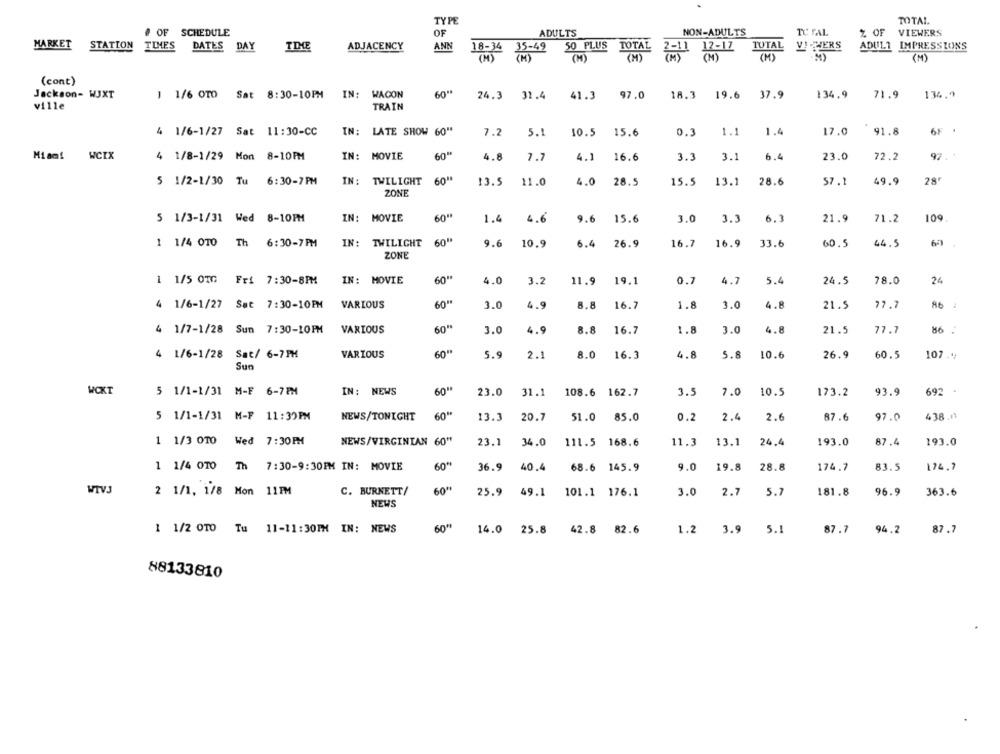
TYPE
TOTAL
# OF SCHEDULE
OF
ADULTS
NON-ADULTS
TU: FAL
% OF VIEWERS
MARKET
STATION
TIMES
ANN
TUTAL
VI PERS
ADULT IMPRESSIONS
DATES DAY
ADJACENCY
18:34 35-49
50 PLUS
TOTAL
(M)
(M)
(cont)
Jackson- WJXT
1 1/6 OTO Sat 8:30-10PM
IN: WACON
60"
24.3
31.4
41.3
97.0
18.3
19.6 37.9
134,9
71.9
134,9
ville
TRAIN
4 1/6-1/27 Sat 11:30-CC
IN: LATE SHOW 60"
7.2
5.1
10.5 15.6
0.3
1.1
1.4
17.0
91.8
6F .
WCIX
4 1/8-1/29 Mon 8-10PM
IN: MOVIE
60"
4.8
7.7
4.1
16.6
3.3
3.1
6.4
23.0
72.2
92. +
5 1/2-1/30 Tu 6:30-7PM
IN:
TWILIGHT
60"
13.5
11.0
4.0
28.5
15.5
13.1
28.6
57.1
49.9
285
ZONE
5 1/3-1/31 Wed 8-10PM
IN: MOVIE
60"
1.4
4.6
9.6
15.6
3.0
3.3
6.3
21.9
71.2
109
IN: TWILIGHT
60"
1 1/4 010 Th 6:30-7PM
9.6
10.9
6.4
26.9
16.7
16.9
33.6
60.5
44.5
ZONE
IN: MOVIE
60"
4.0
0.7
4.7
5.4
78.0
24
1 1/5 0TG Fri 7:30-8PM
3.2
11.9 19.1
24.5
4 1/6-1/27 Sat 7:30-10PM
VARIOUS
60"
3.0
4.9
8.8
16.7
1.8
3.0
4.8
21.5
77.7
86
4 1/7-1/28 Sun 7:30-10PM
VARIOUS
60"
3.0
4.9
8.8
16.7
1.8
3.0
4.8
21.5
77.7
86
4 1/6-1/28 Sat/ 6-7PM
VARIOUS
2.1
8.0
4.8
5.8
10.6
26.9
60.5
107.4
5.9
16.3
Sun
WCKT
5 1/1-1/31 M-F 6-7PM
IN: NEWS
60"
23.0 31.1
108.6 162.7
3.5
7.0
10.5
173.2
93.9
692 -
60#
5 1/1-1/31 M-F 11:39PM
NEWS/TONIGHT
13.3
20.7
51.0
85.0
0.2
2.4
2.6
87.6
97.0
438.11
1 1/3 0TO Wed 7:30PM
NEWS/VIRGINIAN 60"
23.1
34.0
111.5 168.6
11.3
13.1
24.4
193.0
87.4
193.0
1 1/4 0TO Th 7:30-9:30FM IN: MOVIE
60"
36.9
40.4
68.6 145.9
9.0
19.8
28.8
174.7
83.5
124.7
WIVJ
C. BURNETT/
60"
2.7
96.9
2 1/1, 1/8 Mon 11PM
25.9
49.1
101.1 176.1
3.0
5.7
181.8
363.6
NEWS
60"
1 1/2 0TO Tu 11-11:30TH IN: NEWS
14.0 25.8 42.8 82.6
1.2
3.9 5.1
87.7
94.2
87.7
88133810